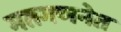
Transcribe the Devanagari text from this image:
मतगणनेत